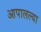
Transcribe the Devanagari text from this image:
आपालल्या